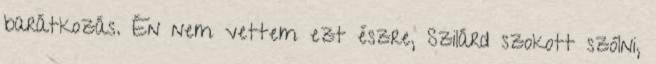
barátkozás. Én nem vettem ezt észre, Szilárd szokott szólni,